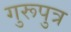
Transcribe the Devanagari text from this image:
गुरूपुत्र